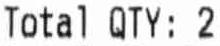
TOTAL QTY:2